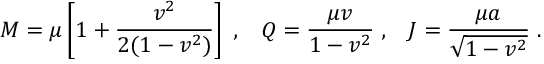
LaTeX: M = \mu \left[ 1 + { \frac { v ^ { 2 } } { 2 ( 1 - v ^ { 2 } ) } } \right] \; , \; \; \; Q = { \frac { \mu v } { 1 - v ^ { 2 } } } \; , \; \; \; J = { \frac { \mu a } { \sqrt { 1 - v ^ { 2 } } } } \; .